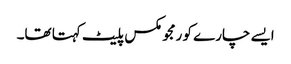
ایسے چارے کو رمجو مکس پلیٹ کہتا تھا۔